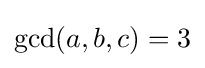
\gcd(a,b,c)=3